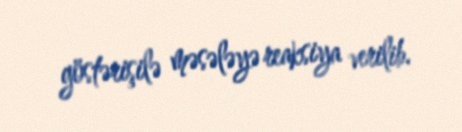
göstərişilə məsələyə reaksiya verilib.